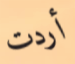
أردت